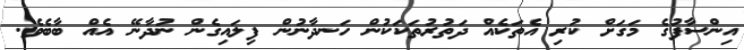
އިންސާފުގެ މަގަށް ކުރި އެތަކެއް ދަތުރުތަކަކުން ހަނދާނުން ފިލައިގެން ނުދާނޭ އެއް ބާބެވެ.